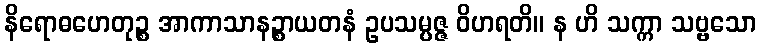
နိရောဓဟေတုဉ္စ အာကာသာနဉ္စာယတနံ ဥပသမ္ပဇ္ဇ ဝိဟရတိ။ န ဟိ သက္ကာ သဗ္ဗသော